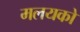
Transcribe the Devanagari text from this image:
मलयको